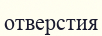
отверстия